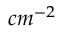
c m ^ { - 2 }